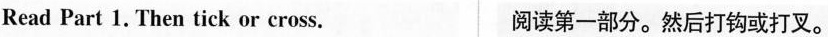
Read Part 1. Then tick or cross. 阅读第一部分。然后打钩或打叉